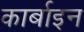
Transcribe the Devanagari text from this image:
कार्बाइन